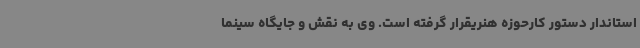
استاندار دستور کارحوزه هنریقرار گرفته است. وی به نقش و جایگاه سینما